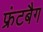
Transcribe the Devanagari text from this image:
फ्रंटबैग